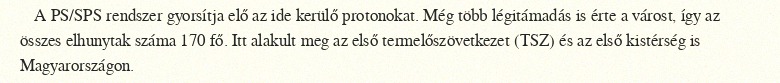
A PS/SPS rendszer gyorsítja elő az ide kerülő protonokat. Még több légitámadás is érte a várost, így az összes elhunytak száma 170 fő. Itt alakult meg az első termelőszövetkezet (TSZ) és az első kistérség is Magyarországon.